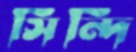
সিন্দি